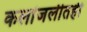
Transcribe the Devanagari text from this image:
कलांजलीतही